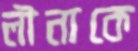
লীনাকে